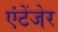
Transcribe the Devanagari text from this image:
एंटेंजेर